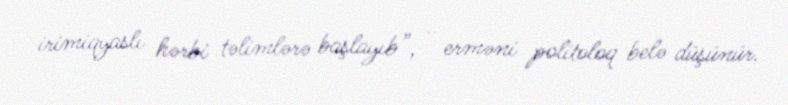
irimiqyaslı hərbi təlimlərə başlayıb”, - erməni politoloq belə düşünür.